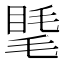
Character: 𥇾